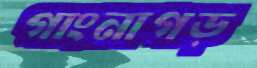
গাংনাগড়